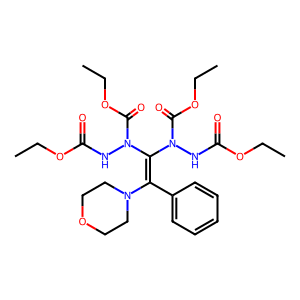
SMILES: CCOC(=O)NN(C(=O)OCC)C(=C(c1ccccc1)N1CCOCC1)N(NC(=O)OCC)C(=O)OCC
Inhibits HIV replication: No